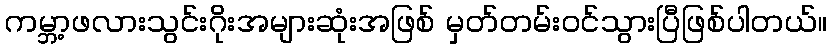
ကမ္ဘာ့ဖလားသွင်းဂိုးအများဆုံးအဖြစ် မှတ်တမ်းဝင်သွားပြီဖြစ်ပါတယ်။